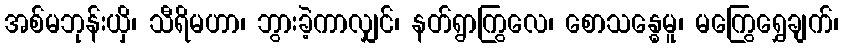
အစ်မဘုန်းယှိ၊ သီရိမဟာ၊ ဘွားခဲ့ကာလျှင်၊ နတ်ရွာကြွလေ၊ စောသန္ဓေမူ၊ မကြွေရွှေချက်၊